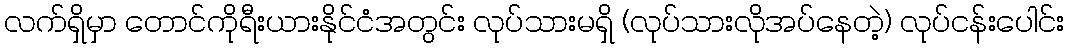
လက်ရှိမှာ တောင်ကိုရီးယားနိုင်ငံအတွင်း လုပ်သားမရှိ (လုပ်သားလိုအပ်နေတဲ့) လုပ်ငန်းပေါင်း